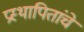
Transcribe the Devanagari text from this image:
प्रस्थापितांचे